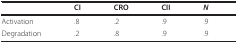
|  | CI | CRO | CII | N |
 | --- | --- | --- | --- | --- |
 | Activation | .8 | .2 | .9 | .9 |
 | Degradation | .2 | .8 | .9 | .9 |